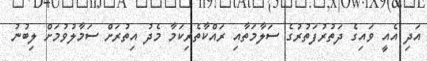
އަދި އެއީ ވައިގެ ދަތުރުފަތުރުގެ ސަލާމަތާއި ރައްކާތެރިކަމާ މެދު އިތުރަށް ސަމާލުވުމަށް ލިބުނު